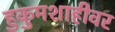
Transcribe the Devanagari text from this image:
हुकुमशाहीवर